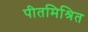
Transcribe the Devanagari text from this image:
पीतमिश्रित